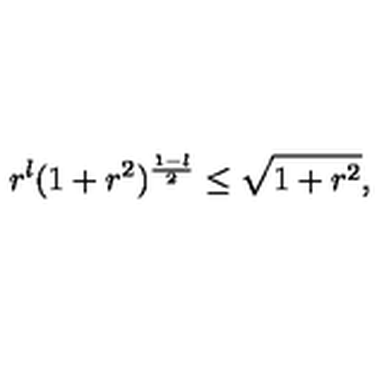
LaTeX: r ^ { l } ( 1 + r ^ { 2 } ) ^ { { \frac { 1 - l } { 2 } } } \leq \sqrt { 1 + r ^ { 2 } } ,